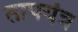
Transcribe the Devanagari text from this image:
तापयंत्र